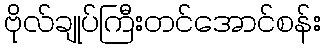
ဗိုလ်ချုပ်ကြီးတင်အောင်စန်း